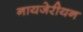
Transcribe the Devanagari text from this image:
नायजेरीयन